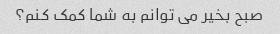
صبح بخیر می توانم به شما کمک کنم؟